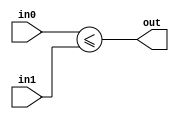
module coreir_ule #(
    parameter width = 1
) (
    input [width-1:0] in0,
    input [width-1:0] in1,
    output out
);
  assign out = in0 <= in1;
endmodule

module coreir_ule8_wrapped (
    input [7:0] I0,
    input [7:0] I1,
    output O
);
wire coreir_ule8_inst0_out;
coreir_ule #(
    .width(8)
) coreir_ule8_inst0 (
    .in0(I0),
    .in1(I1),
    .out(coreir_ule8_inst0_out)
);
assign O = coreir_ule8_inst0_out;
endmodule